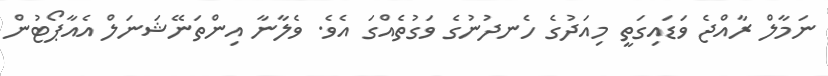
ނަމާލް ރާއްޖެ ވަޑައިގަތީ މިއަދުގެ ހެނދުނުގެ ވަގުތެއްގަ އެވެ. ވެލާނާ އިންތަނޭޝަނަލް އެއާޕޯޓުން